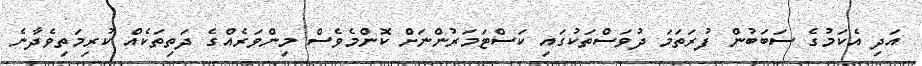
އަދި އެކަމުގެ ސަބަބުން ފުރަތަމަ ދުވަސްތަކުގައި ކަސްޓަމަރުންނަށް ކޮންމެވެސް މިންވަރެއްގެ ދަތިތަކެއް ކުރިމަތިވެދާނެ